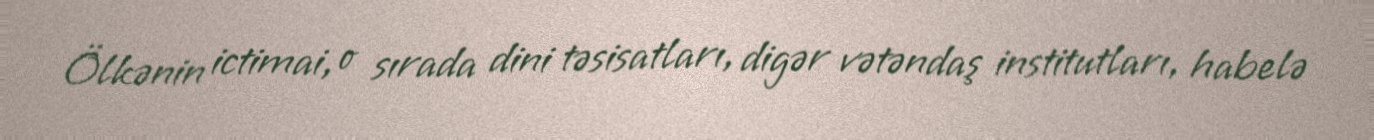
Ölkənin ictimai, o sırada dini təsisatları, digər vətəndaş institutları, habelə